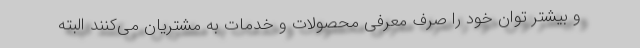
و بیشتر توان خود را صرف معرفی محصولات و خدمات به مشتریان می‌کنند البته